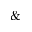
\&